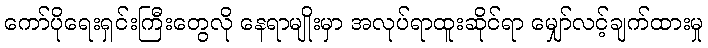
ကော်ပိုရေးရှင်းကြီးတွေလို နေရာမျိုးမှာ အလုပ်ရာထူးဆိုင်ရာ မျှော်လင့်ချက်ထားမှု